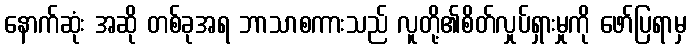
နောက်ဆုံး အဆို တစ်ခုအရ ဘာသာစကားသည် လူတို့၏စိတ်လှုပ်ရှားမှုကို ဖော်ပြရာမှ